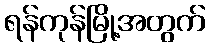
ရန်ကုန်မြို့အတွက်